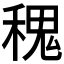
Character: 𥠎